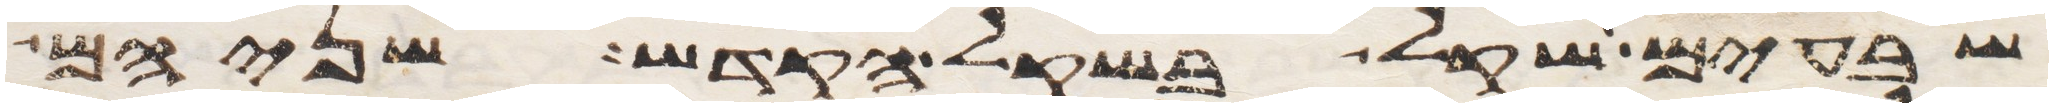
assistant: שבעים שקל בשקל הקדש שניהם